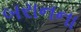
બરાનના